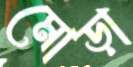
মোড়া